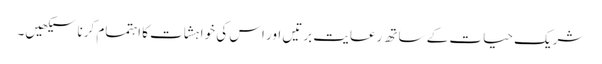
شریک حیات کے ساتھ رعایت برتیں اور اس کی خواہشات کا اہتمام کرنا سیکھیں۔